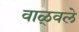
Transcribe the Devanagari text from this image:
वाळ्वले